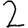
Digit: 2